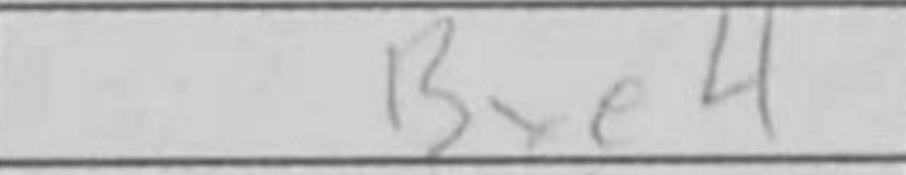
Transcription: Bxe4